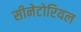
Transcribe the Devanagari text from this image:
सीनेटोरियल